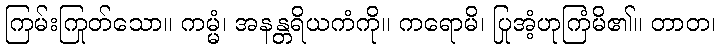
ကြမ်းကြုတ်သော။ ကမ္မံ၊ အနန္တရိယကံကို။ ကရောမိ၊ ပြုအံ့ဟုကြံမိ၏။ တာတ၊